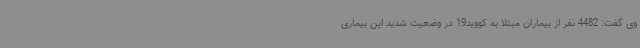
وی گفت: 4482 نفر از بیماران مبتلا به کووید19 در وضعیت شدید این بیماری